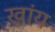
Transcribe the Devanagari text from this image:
खांय